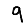
Digit: 9